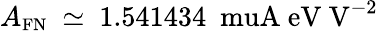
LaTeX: A_{\small\mathrm{FN}}~\simeq~1.541434~\mathrm{\ muA~eV~V}^{-2}